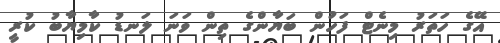
އޭގެ ހަތަރު މިނެޓް ފަހުން ބަޔާންގެ ތިން ވަނަ ލަނޑު ކާމިޔާބު ކުރީ